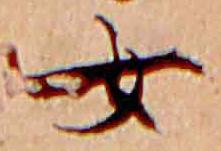
女